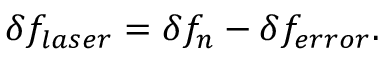
\delta f _ { l a s e r } = \delta f _ { n } - \delta f _ { e r r o r } .